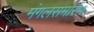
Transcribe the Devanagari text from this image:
मंगलसमारंभ